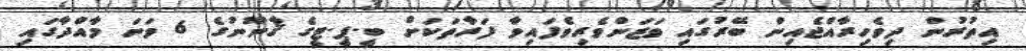
އިތުރުން ދިވެހިރާއްޖެއިން ބޭރުގައި ވަޒަންވެރިވެފައިވާ ފަރާތަކަށް ބީ.ޕީ.ޓީގެ ޤާނޫނުގެ 6 ވަނަ މާއްދާގައި